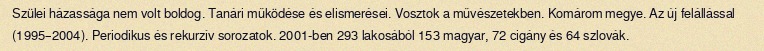
Szülei házassága nem volt boldog. Tanári működése és elismerései. Vosztok a művészetekben. Komárom megye. Az új felállással (1995–2004). Periodikus és rekurzív sorozatok. 2001-ben 293 lakosából 153 magyar, 72 cigány és 64 szlovák.